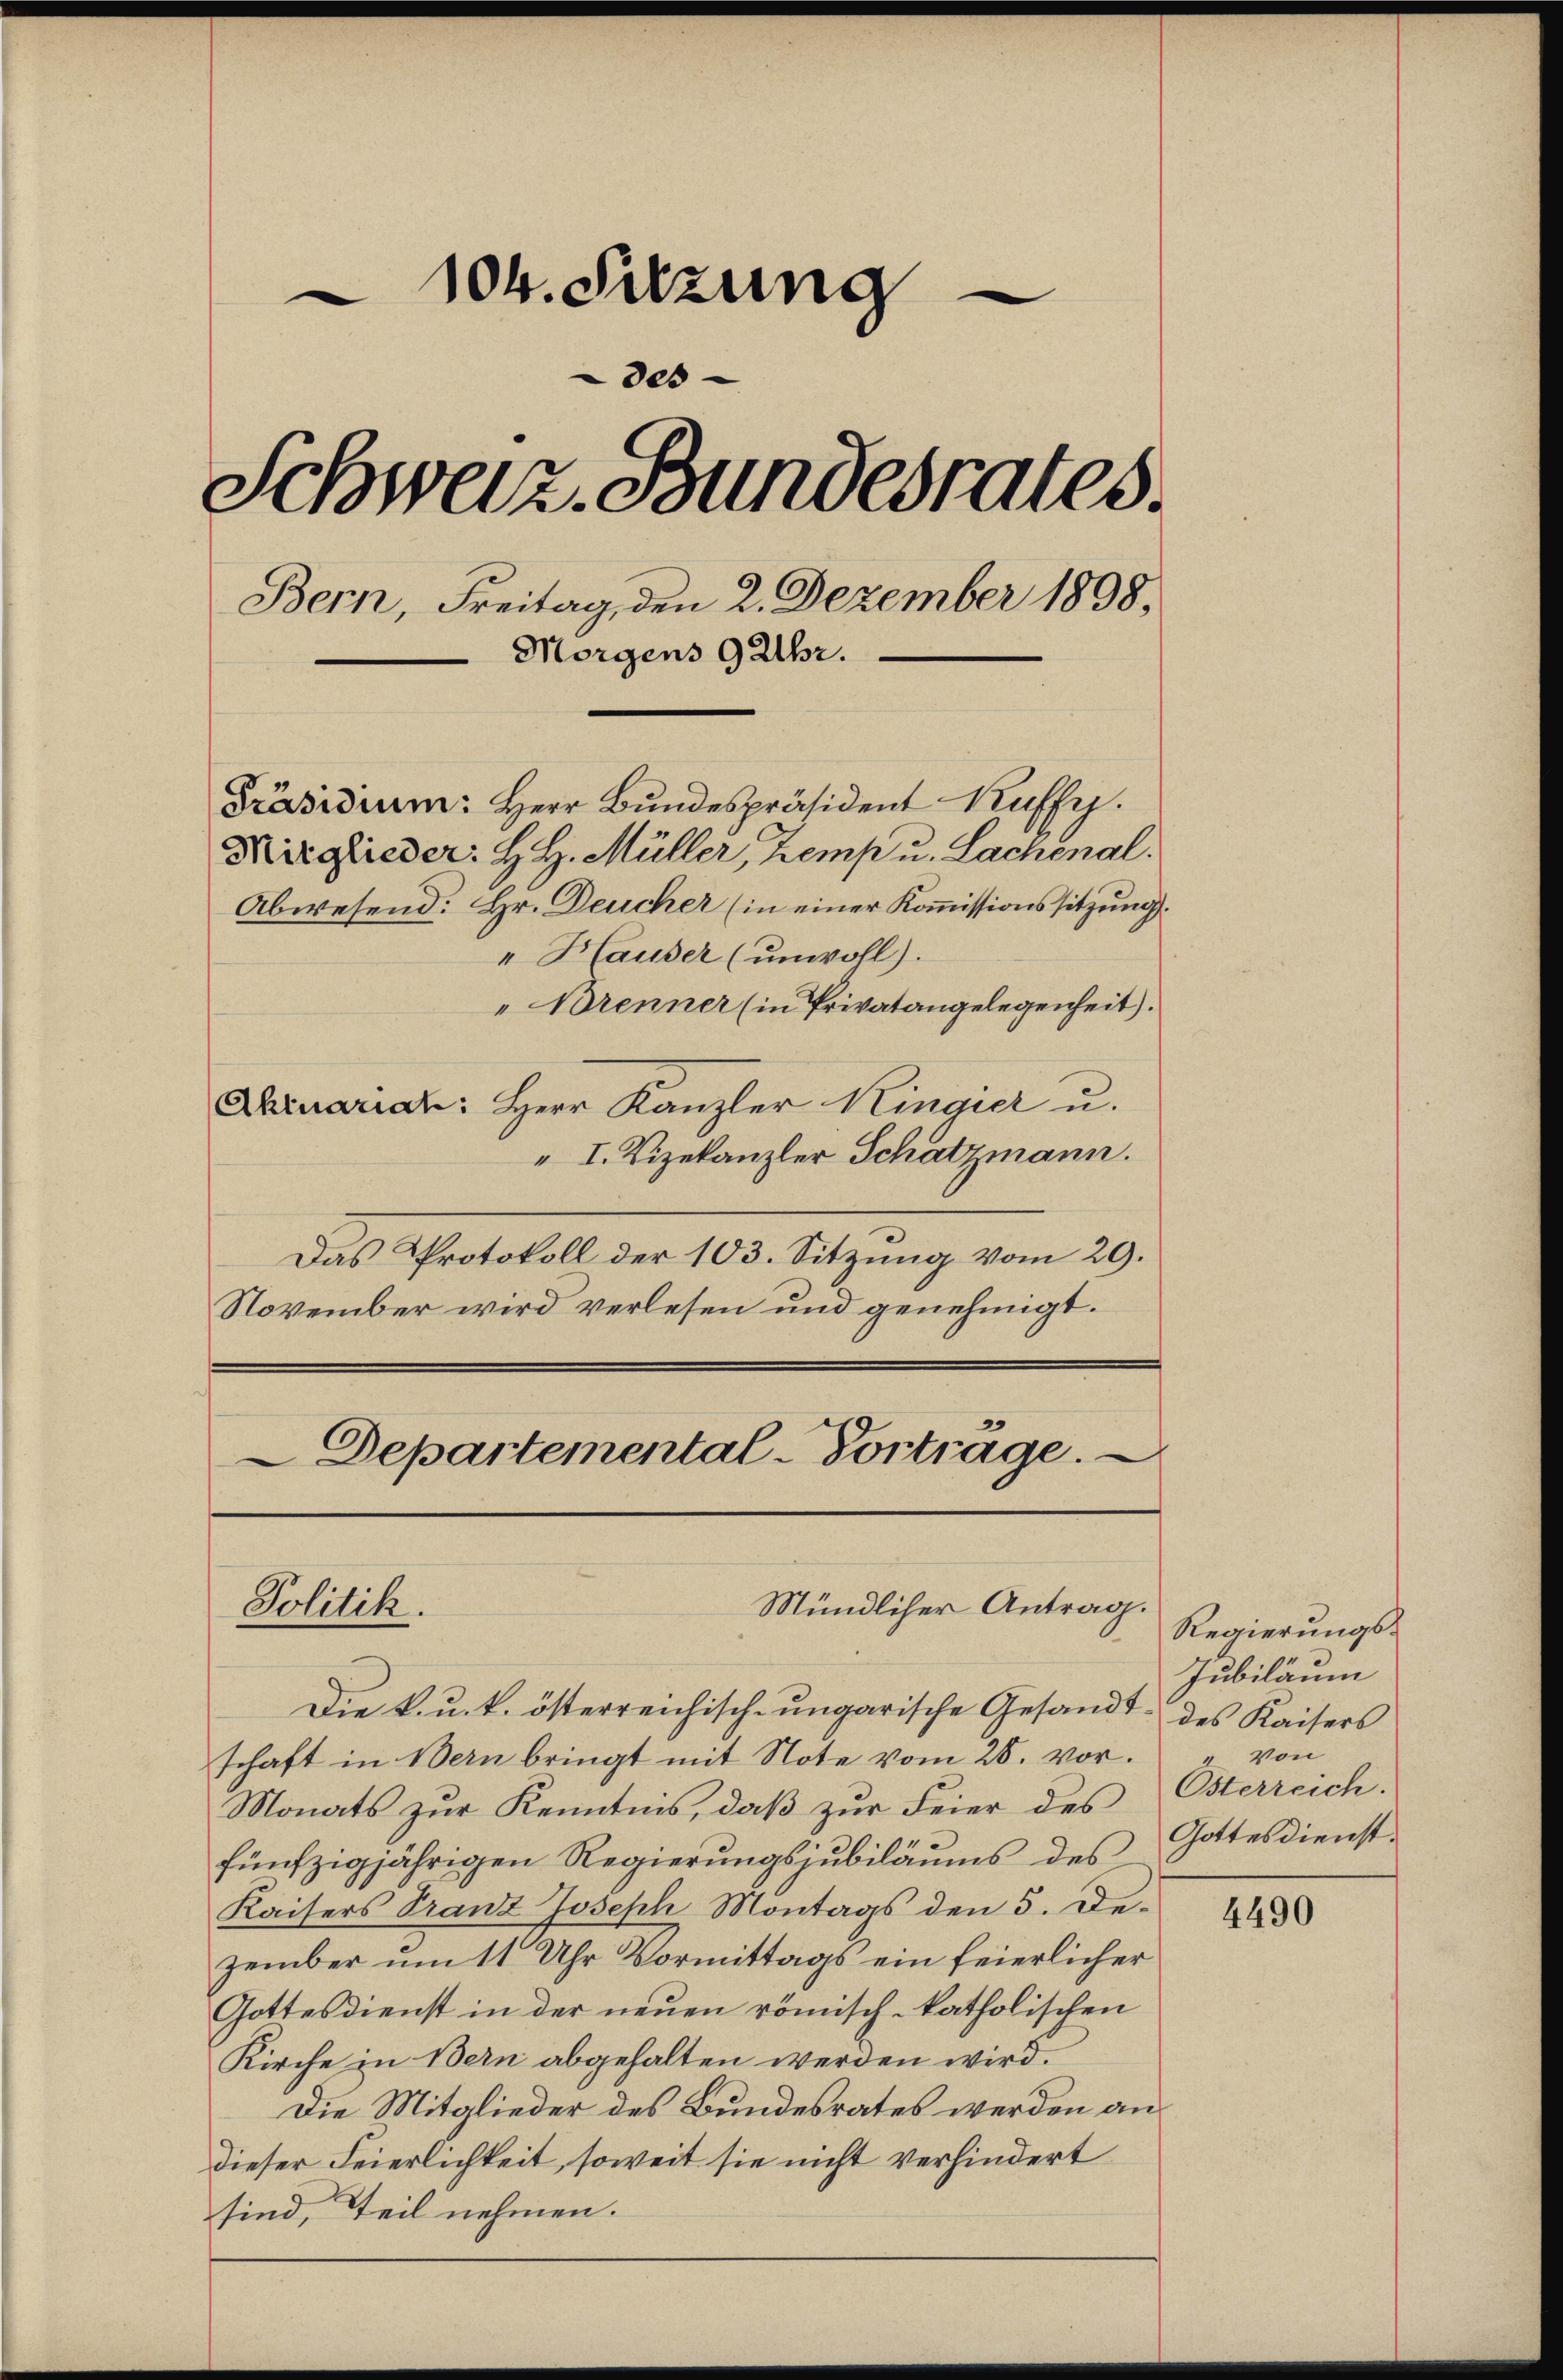
104. Sitzung
es
Schweiz. Bundesrates.
Bern, Freitag, den 2. Dezember 1898.
Morgens 9 Uhr.

Präsidium. Herr Bŭndespräsident Kuffy.
Mirglieder: H. H. Müller, Zemp u. Lachenal.
Abwesend: Hr. Deucher (in einer Kommissionssitzung.
 Hauser (unwohl).
"Brenner (in Privatangelegenheit)
Aruariat: Herr Kanzler Kingier u.
I. Vizekanzler Schatzmann.
Das Protokoll der 103. Sitzung vom 29.
November wird verlesen und genehmigt.

Departemental-Vortrage.
Mündlicher Antrag.
Politik.

Die k. u. k. österreichisch-ungarische Gesandt des Kaisers
schaft in Bern bringt mit Note vom 28. vor.
Monats zur Kenntnis, daß zur Feier des
fünfzigjährigen Regierungsjubiläums des
Kaisers Franz Joseph Montags den 5. Dezember um 11 Uhr Vormittags ein feierlicher
Gottesdienst in der neŭen römisch-katholischen
Kirche in Bern abgehalten werden wird.
Die Mitglieder des Bundesrates werden an
dieser Feierlichkeit, soweit sie nicht verhindert
sind, Teil nehmen.

Regierungs¬
Jubiläum
" von
Österreich.
Gottesdienst.

4490